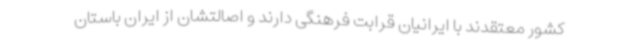
کشور معتقدند با ایرانیان قرابت فرهنگی دارند و اصالتشان از ایران باستان